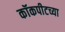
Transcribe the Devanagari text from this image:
कॉकपीटच्या